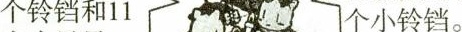
个铃铛和11个小铃铛。